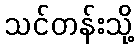
သင်တန်းသို့